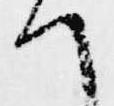
て